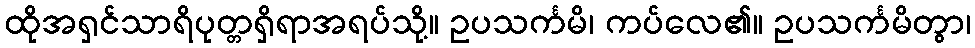
ထိုအရှင်သာရိပုတ္တရှိရာအရပ်သို့။ ဥပသင်္ကမိ၊ ကပ်လေ၏။ ဥပသင်္ကမိတွာ၊